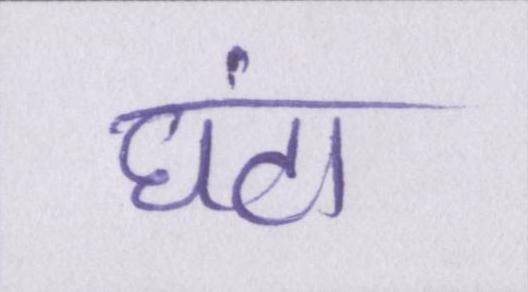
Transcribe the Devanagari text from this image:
घंटा